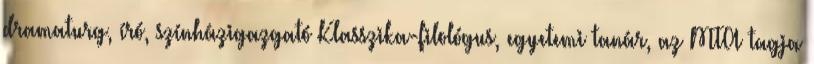
dramaturg, író, színházigazgató Klasszika-filológus, egyetemi tanár, az MTA tagja